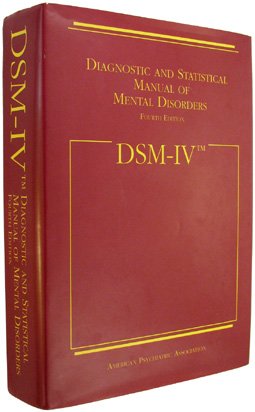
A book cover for DSM-IV: Diagnostic and Statistical Manual of Mental Disorders; American Psychiatric Association; Medical Books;